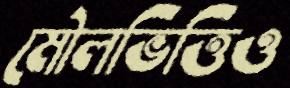
মৌলভিত্তিও